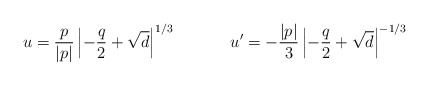
\begin{align*}u= \frac{p}{|p|} \left| -\frac{q}{2} + \sqrt{d} \right|^{1/3}\ \ \ \ \ \ \ \ \ \ u^{\prime } = -\frac{|p|}{3} \left| -\frac{q}{2} + \sqrt{d} \right|^{-1/3}\end{align*}